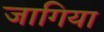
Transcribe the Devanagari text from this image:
जागिया